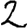
Digit: 2